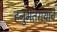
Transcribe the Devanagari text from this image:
हनुमंतरायाचे